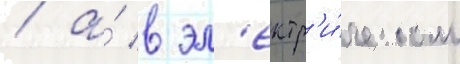
/ а́ в эл'ектр'и́ческом